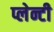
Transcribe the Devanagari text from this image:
प्लेन्टी